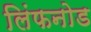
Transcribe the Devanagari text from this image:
लिंफनोड